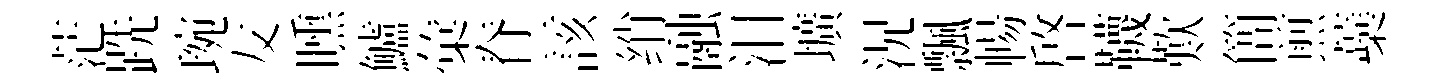
茫跣琬友曛鱸彙脊該绡融汨壙況飄暢啓韈歎簡煎蘃